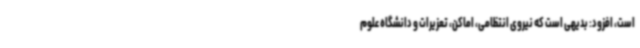
است، افزود: بدیهی است که نیروی انتظامی، اماکن، تعزیرات و دانشگاه علوم